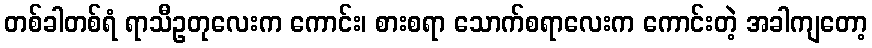
တစ်ခါတစ်ရံ ရာသီဥတုလေးက ကောင်း၊ စားစရာ သောက်စရာလေးက ကောင်းတဲ့ အခါကျတော့